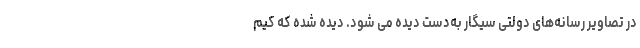
در تصاویر رسانه‌های دولتی سیگار به‌دست دیده می شود. دیده شده که کیم